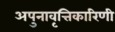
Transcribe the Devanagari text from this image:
अपुनावृत्तिकारिणी